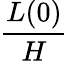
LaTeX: \frac{L(0)}{H}